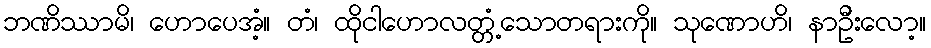
ဘဏိဿာမိ၊ ဟောပေအံ့။ တံ၊ ထိုငါဟောလတ္တံ့သောတရားကို။ သုဏောဟိ၊ နာဦးလော့။